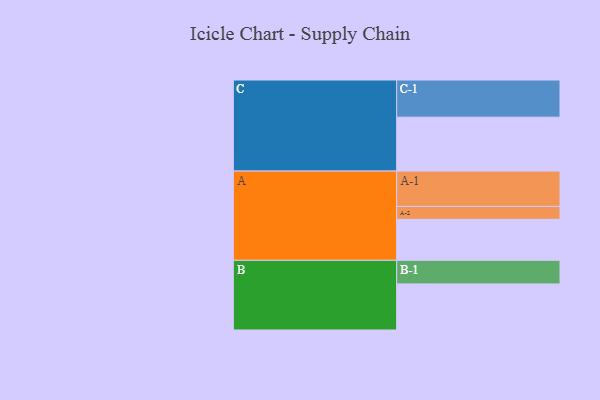
{"axis": {"x": "Segment", "y": "Value"}, "legend": ["", "A", "B", "C"], "data": [{"x": "A", "y": 308, "type": ""}, {"x": "B", "y": 346, "type": ""}, {"x": "C", "y": 405, "type": ""}, {"x": "A-1", "y": 265, "type": "A"}, {"x": "A-2", "y": 97, "type": "A"}, {"x": "B-1", "y": 177, "type": "B"}, {"x": "C-1", "y": 279, "type": "C"}]}